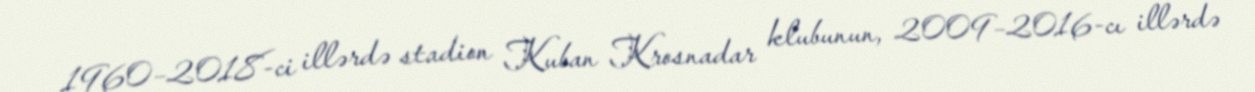
1960–2018-ci illərdə stadion Kuban Krosnadar klubunun, 2009–2016-cı illərdə